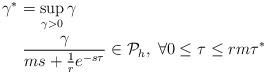
LaTeX: \begin{align*}\begin{aligned}\gamma^*&=\sup_{\gamma>0}\gamma\\&\;\frac{\gamma}{ms+\frac{1}{r}e^{-s\tau}}\in\mathcal{P}_h,\;\forall{}0\leq{}\tau\leq{}rm\tau^*\end{aligned}\end{align*}